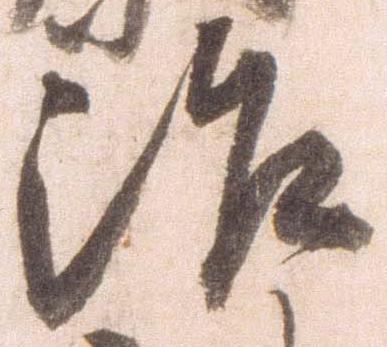
治